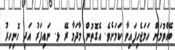
ބޭއްވުމަށް ހަމަޖެހިފައިވާ ކަމަށެވެ. އެގޮތުން މާދަމާ ރޭ ޅ. ނައިފަރު އަދި ހޮނިހިރު